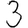
Digit: 3